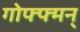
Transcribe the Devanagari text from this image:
गोफ्फ्मन्